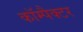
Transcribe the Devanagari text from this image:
कॉम्पैक्टर